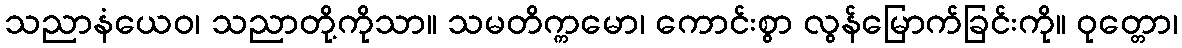
သညာနံယေဝ၊ သညာတို့ကိုသာ။ သမတိက္ကမော၊ ကောင်းစွာ လွန်မြောက်ခြင်းကို။ ဝုတ္တော၊